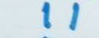
11